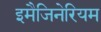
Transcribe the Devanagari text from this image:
इमैजिनेरियम